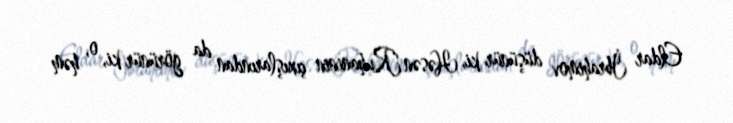
Eldar İbrahimov düşünür ki, Həsən Ruhaninin çıxışlarından da görünür ki, o, həm